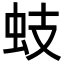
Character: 蚑